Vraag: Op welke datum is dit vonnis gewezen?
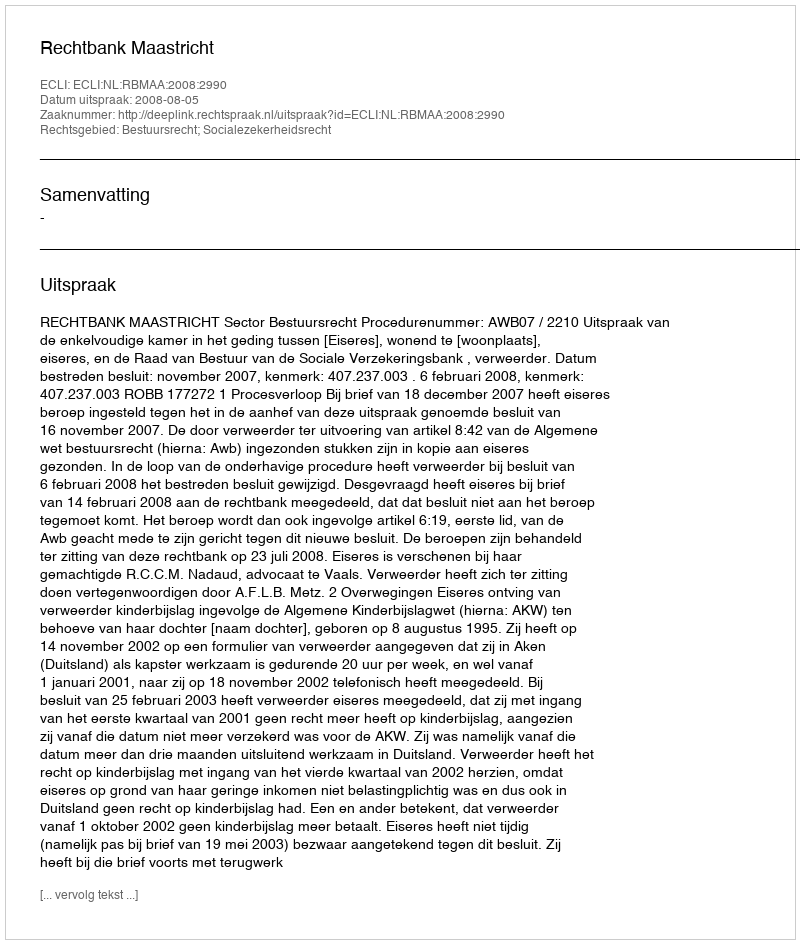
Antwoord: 2008-08-05